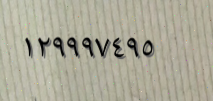
١٢٩٩٩٧٤٩٥